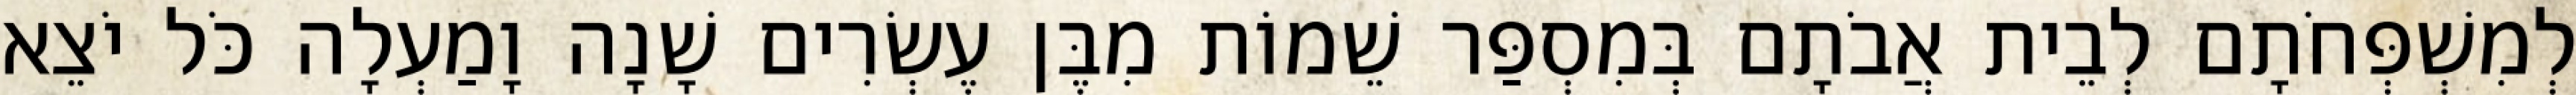
לְמִשְׁפְּחֹתָם לְבֵית אֲבֹתָם בְּמִסְפַּר שֵׁמוֹת מִבֶּן עֶשְׂרִים שָׁנָה וָמַעְלָה כֹּל יֹצֵא